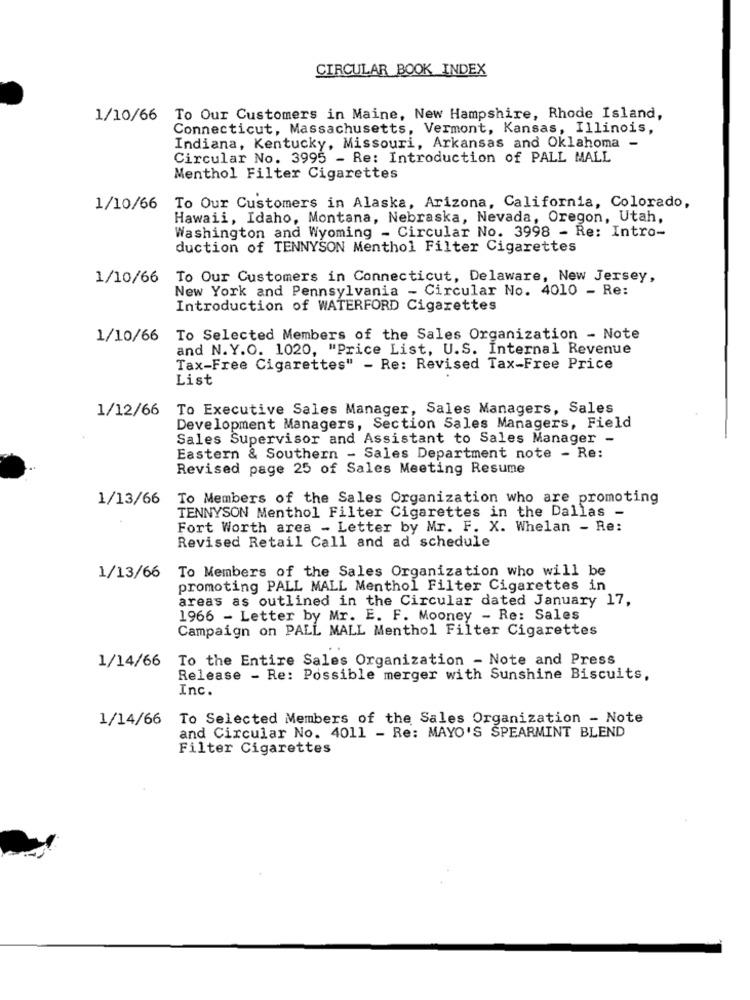
CIRCULAR BOOK INDEX
1/10/66 To Our Customers in Maine, New Hampshire, Rhode Island,
Connecticut, Massachusetts, Vermont, Kansas, Illinois,
Indiana, Kentucky, Missouri, Arkansas and Oklahoma -
Circular No. 3995 - Re: Introduction of PALL MALL
Menthol Filter Cigarettes
1/10/66
To Our Customers in Alaska, Arizona, California, Colorado,
Hawaii, Idaho, Montana, Nebraska, Nevada, Oregon, Utah,
Washington and Wyoming - Circular No. 3998 - Re: Intro-
duction of TENNYSON Menthol Filter Cigarettes
1/10/66
To Our Customers in Connecticut, Delaware, New Jersey,
New York and Pennsylvania - Circular No. 4010 - Re:
Introduction of WATERFORD Cigarettes
1/10/66
To Selected Members of the Sales Organization - Note
and N.Y.O. 1020, "Price List, U.S. Internal Revenue
Tax-Free Cigarettes" - Re: Revised Tax-Free Price
List
1/12/66
To Executive Sales Manager, Sales Managers, Sales
Development Managers, Section Sales Managers, Field
Sales Supervisor and Assistant to Sales Manager -
Eastern & Southern - Sales Department note - Re:
Revised page 25 of Sales Meeting Resume
1/13/66
To Members of the Sales Organization who are promoting
TENNYSON Menthol Filter Cigarettes in the Dallas -
Fort Worth area - Letter by Mr. F. X. Whelan - Re:
Revised Retail Call and ad schedule
To Members of the Sales Organization who will be
1/13/66
promoting PALL MALL Menthol Filter Cigarettes in
areas as outlined in the Circular dated January 17,
1966 - Letter by Mr. E. F. Mooney - Re: Sales
Campaign on PALL MALL Menthol Filter Cigarettes
1/14/66 To the Entire Sales Organization - Note and Press
Release - Re: Possible merger with Sunshine Biscuits,
Inc.
1/14/66
To Selected Members of the Sales Organization - Note
and Circular No. 4011 - Re: MAYO'S SPEARMINT BLEND
Filter Cigarettes